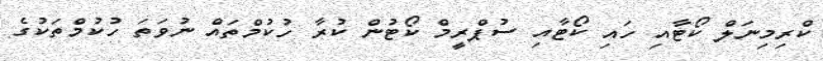
ކްރިމިނަލް ކޯޓާއި ހައި ކޯޓާއި ސުޕްރީމް ކޯޓުން ކުރާ ހުކުމްތައް ނުވަތަ ހުކުމްތަކުގެ